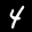
Digit: 4